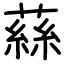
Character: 蕬